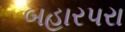
બહારપરા